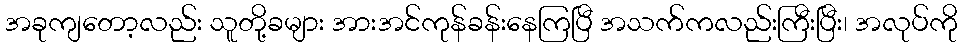
အခုကျတော့လည်း သူတို့ခများ အားအင်ကုန်ခန်းနေကြပြီ အသက်ကလည်းကြီးပြီး၊ အလုပ်ကို